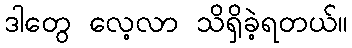
ဒါတွေ လေ့လာ သိရှိခဲ့ရတယ်။